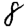
Digit: 8